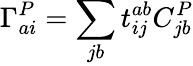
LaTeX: \Gamma_{ai}^{P}=\sum_{jb}t_{ij}^{ab}C_{jb}^{P}